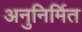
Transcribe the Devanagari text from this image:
अनुनिर्मित